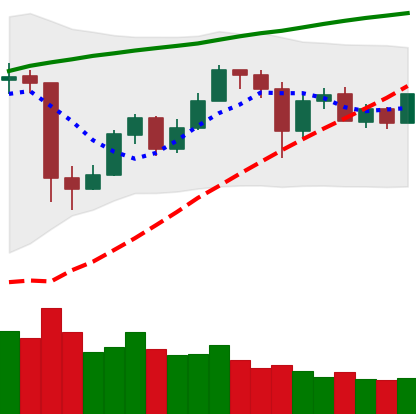
Ticker: ETH-USD
Chart end date: 2020-05-27
Forward return: 18.255%
Label: up_7plus